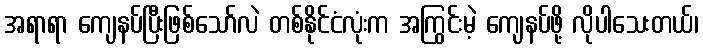
အရာရာ ကျေနပ်ပြီးဖြစ်သော်လဲ တစ်နိုင်ငံလုံးက အကြွင်းမဲ့ ကျေနပ်ဖို့ လိုပါသေးတယ်၊